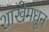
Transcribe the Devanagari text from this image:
शाखेमधून